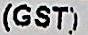
(GST)